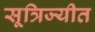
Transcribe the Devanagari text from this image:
सूत्रिज्यीत